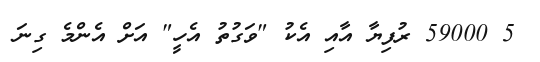
5 59000 ރުފިޔާ އާއި އެކު "ވަގުތު އެހީ" އަށް އެންމެ ގިނަ